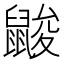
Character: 𪕞